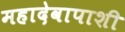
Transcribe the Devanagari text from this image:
महादेवापाशी